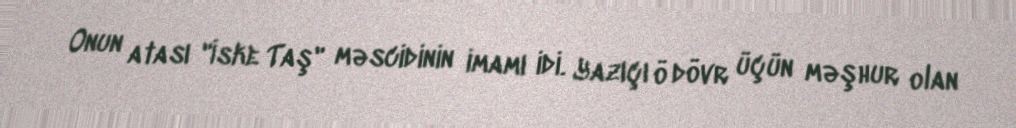
Onun atası "İske Taş" məscidinin imamı idi. Yazıçı ö dövr üçün məşhur olan